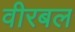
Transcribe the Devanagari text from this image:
वीरबल